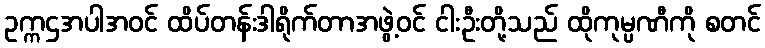
ဥက္ကဌအပါအဝင် ထိပ်တန်းဒါရိုက်တာအဖွဲ့ဝင် ငါးဦးတို့သည် ထိုကုမ္ပဏီကို စတင်